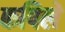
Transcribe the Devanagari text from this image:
कपिले